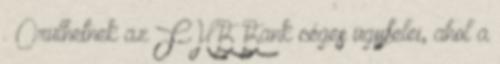
. Örülhetnek az FHB Bank céges ügyfelei, ahol a